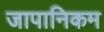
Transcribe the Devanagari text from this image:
जापानिकम